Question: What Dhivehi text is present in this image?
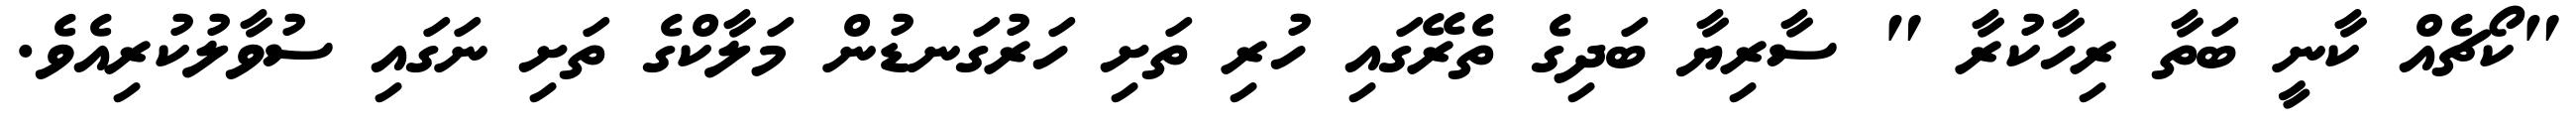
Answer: "ކޯޗެއް ކާނީ ބަތާ ރިހާކުރާ " ސާރިޔާ ބަދިގެ ތެރޭގައި ހުރި ތަށި ހަރުގަނޑުން މަލާކްގެ ތަށި ނަގައި ސުވާލުކުރިއެވެ.